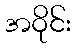
အဝိုင်း